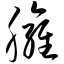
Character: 臃